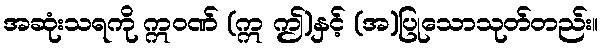
အဆုံးသရကို ဣဝဏ် (ဣ ဤ)နှင့် (အ)ပြုသောသုတ်တည်း။